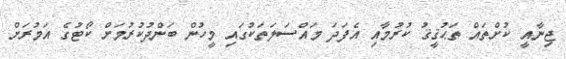
ޖިނާއީ ކުށްތައް ތަޙުޤީޤު ކުރުމާއި އެފަދަ މައްސަލަތަކުގައި މީހުން ބަންދުކުރުމަށް ކޯޓުގެ އަމުރަށް